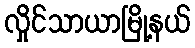
လှိုင်သာယာမြို့နယ်